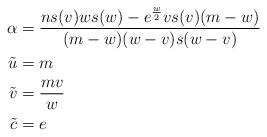
LaTeX: \begin{align*}\alpha & = {ns(v)ws(w)-e^{w\over2}vs(v)(m-w)\over (m-w)(w-v)s(w-v)} \cr\tilde u & = m \cr\tilde v & = {mv\over w} \cr\tilde c & = e \end{align*}